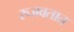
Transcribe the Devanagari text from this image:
रुजवतात